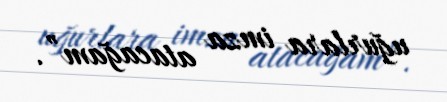
uğurlara imza atacağam”.